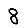
Digit: 8